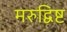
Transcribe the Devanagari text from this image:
मरुद्विष्ट